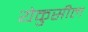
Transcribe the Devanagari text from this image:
येकुसील